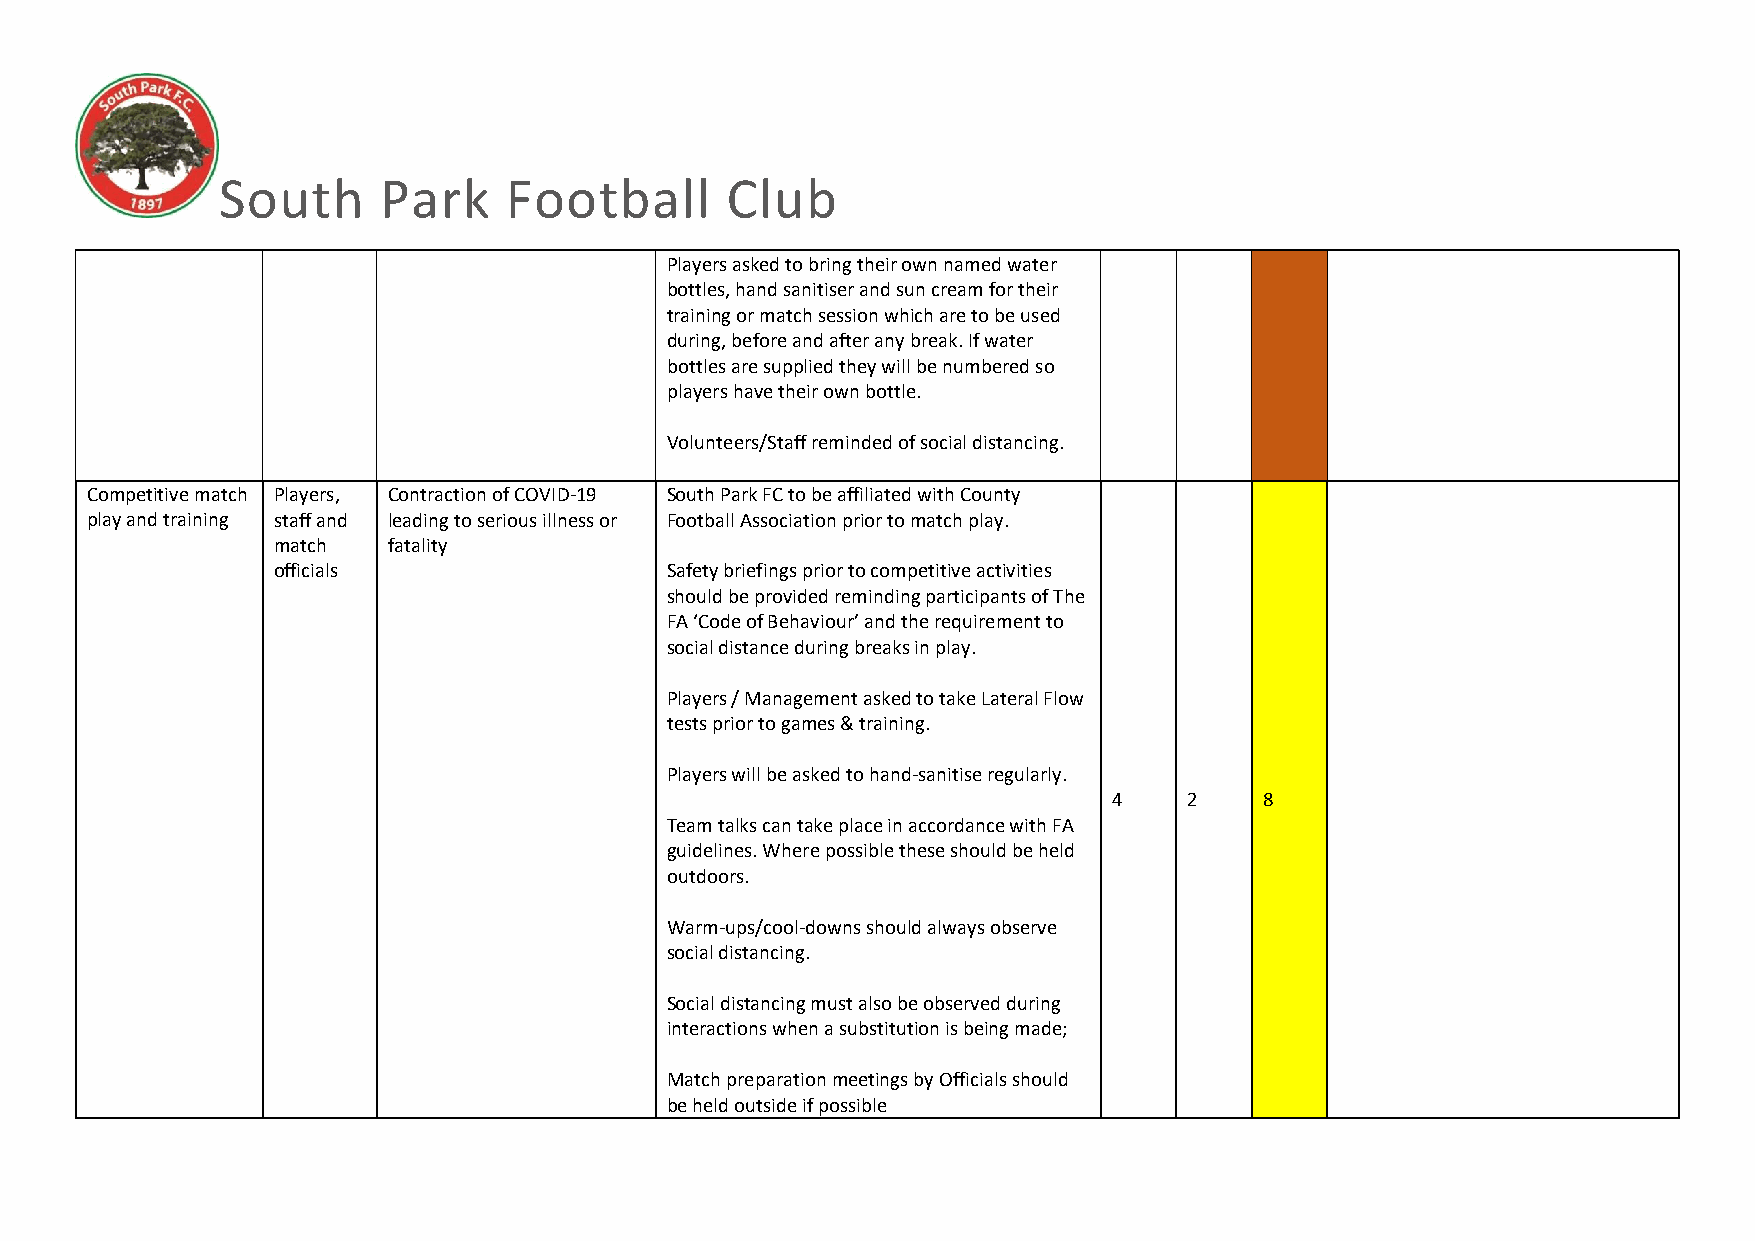
South      Park    Football       Club
 Players asked to bring their own named water
 bottles, hand sanitiser and sun cream for their
 training or match session which are to be used
 during, before and after any break. If water
 bottles are supplied they will be numbered so
 players have their own bottle.
 Volunteers/Staff reminded of social distancing.
 Competitive match Players, Contraction of COVID-19 South Park FC to be affiliated with County
 play and training staff and leading to serious illness or Football Association prior to match play.
 match   fatality
 officials                 Safety briefings prior to competitive activities
 should be provided reminding participants of The
 FA ‘Code of Behaviour’ and the requirement to
 social distance during breaks in play.
 Players / Management asked to take Lateral Flow
 tests prior to games & training.
 Players will be asked to hand-sanitise regularly.
 4    2    8
 Team talks can take place in accordance with FA
 guidelines. Where possible these should be held
 outdoors.
 Warm-ups/cool-downs should always observe
 social distancing.
 Social distancing must also be observed during
 interactions when a substitution is being made;
 Match preparation meetings by Officials should
 be held outside if possible